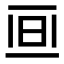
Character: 𣅯